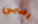
رسمى